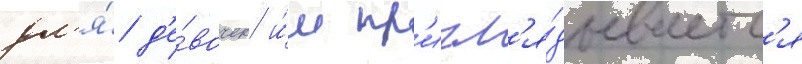
дл'я́ д'е́вочек и́м пр'игл'я́дываетс'я